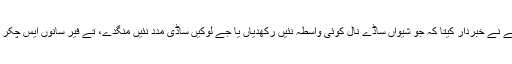
ایس پاروں، رنپوچے نے خبردار کیتا کہ جو شیواں ساڈے نال کوئی واسطہ نئیں رکھدیاں یا جے لوکیں ساڈی مدد نئیں منگدے، تے فیر سانوں ایس چکر وچ نئیں پینا چاہیدا۔